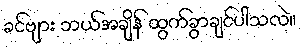
ခင်ဗျား ဘယ်အချိန် ထွက်ခွာချင်ပါသလဲ။